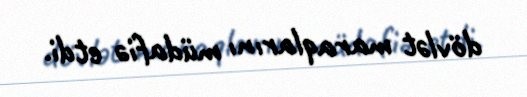
dövlət maraqlarını müdafiə etdi.